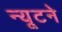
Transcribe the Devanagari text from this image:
न्यूटने